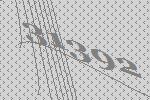
31392